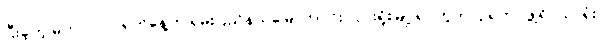
ပြီးခဲ့တဲ့ မတ်လ ၂၂ ရက်နေ့က ရှမ်းပြည်နယ်မြောက်ပိုင်း လားရှိုးမြို့ ရပ်ကွက် ၄ ရဲတပ်ဖွဲ့ရိပ်သာရုံး